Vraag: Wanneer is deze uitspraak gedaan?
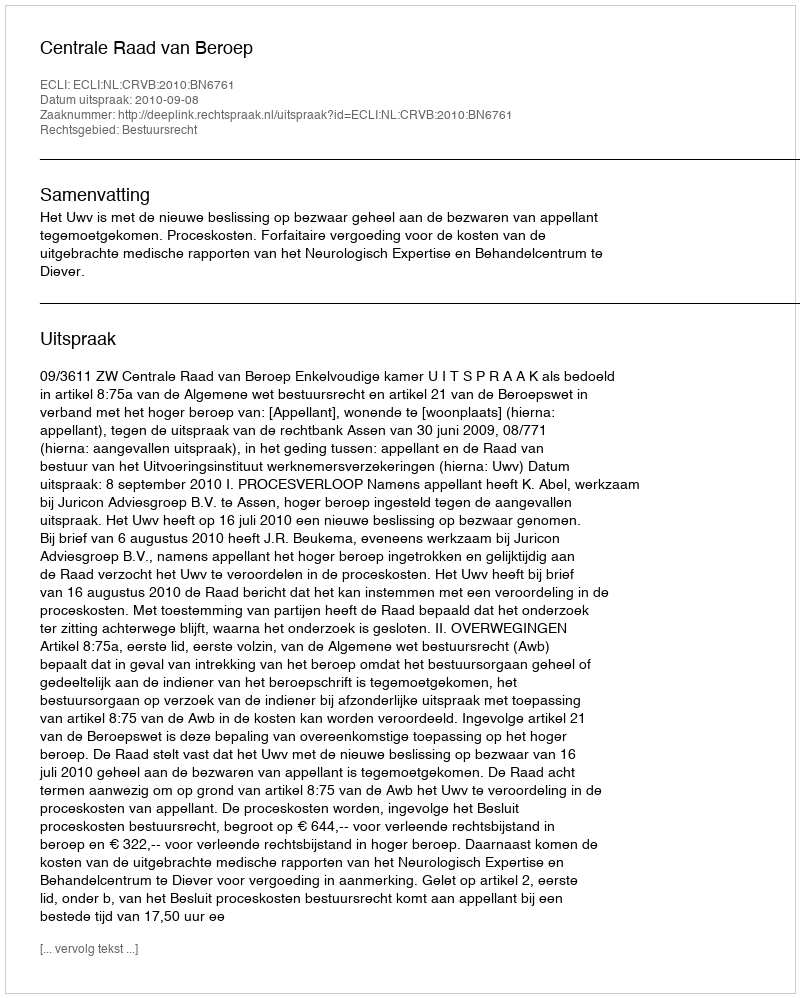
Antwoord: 2010-09-08